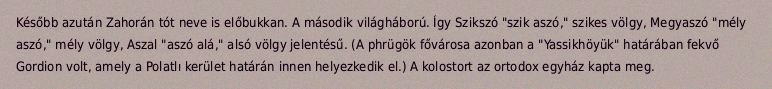
Később azután Zahorán tót neve is előbukkan. A második világháború. Így Szikszó "szik aszó," szikes völgy, Megyaszó "mély aszó," mély völgy, Aszal "aszó alá," alsó völgy jelentésű. (A phrügök fővárosa azonban a "Yassikhöyük" határában fekvő Gordion volt, amely a Polatlı kerület határán innen helyezkedik el.) A kolostort az ortodox egyház kapta meg.